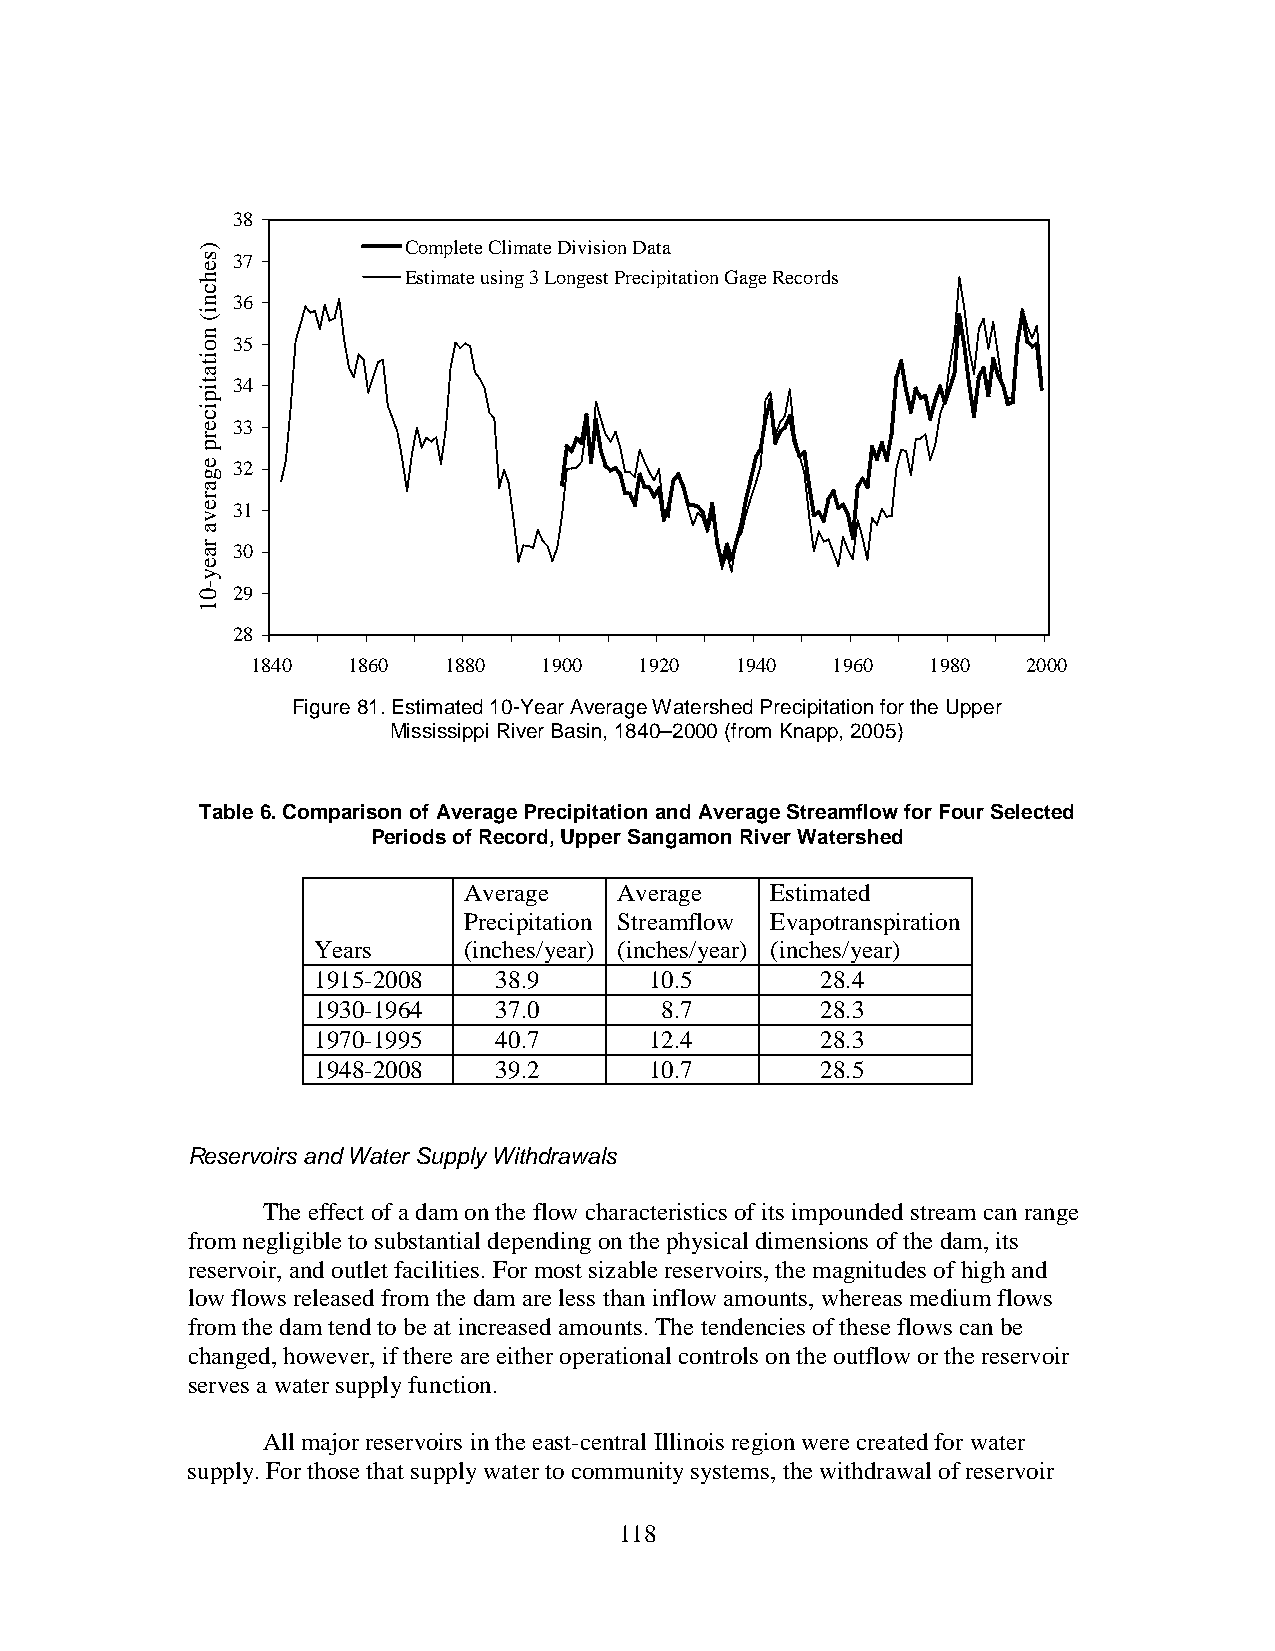
38
 Complete Climate Division Data
 37
 Estimate using 3 Longest Precipitation Gage Records
 36
 35
 34
 33
 32
 31
 30
 29
 28
 1840  1860  1880   1900  1920   1940  1960   1980  2000
 Figure 81. Estimated 10-Year Average Watershed Precipitation for the Upper
 Mississippi River Basin, 1840–2000 (from Knapp, 2005)
 Table 6. Comparison of Average Precipitation and Average Streamflow for Four Selected
 Periods of Record, Upper Sangamon River Watershed
 Average   Average   Estimated
 Precipitation Streamflow Evapotranspiration
 Years     (inches/year) (inches/year) (inches/year)
 1915-2008   38.9      10.5       28.4
 1930-1964   37.0       8.7       28.3
 1970-1995   40.7      12.4       28.3
 1948-2008   39.2      10.7       28.5
 Reservoirs and Water Supply Withdrawals
 The effect of a dam on the flow characteristics of its impounded stream can range
 from negligible to substantial depending on the physical dimensions of the dam, its
 reservoir, and outlet facilities. For most sizable reservoirs, the magnitudes of high and
 low flows released from the dam are less than inflow amounts, whereas medium flows
 from the dam tend to be at increased amounts. The tendencies of these flows can be
 changed, however, if there are either operational controls on the outflow or the reservoir
 serves a water supply function.
 All major reservoirs in the east-central Illinois region were created for water
 supply. For those that supply water to community systems, the withdrawal of reservoir
 118
 )sehcni(
 noitatipicerp
 egareva
 raey-01